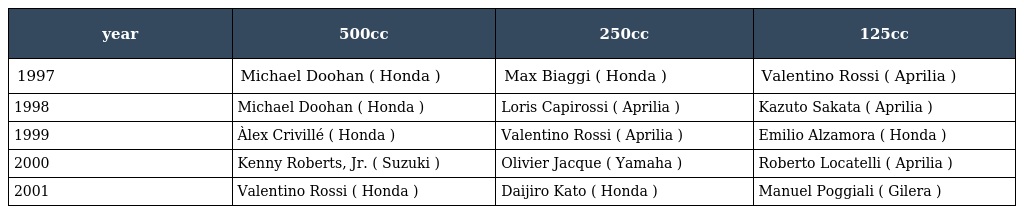
| year | 500cc | 250cc | 125cc |
 | --- | --- | --- | --- |
 | 1997 | Michael Doohan ( Honda ) | Max Biaggi ( Honda ) | Valentino Rossi ( Aprilia ) |
 | 1998 | Michael Doohan ( Honda ) | Loris Capirossi ( Aprilia ) | Kazuto Sakata ( Aprilia ) |
 | 1999 | Àlex Crivillé ( Honda ) | Valentino Rossi ( Aprilia ) | Emilio Alzamora ( Honda ) |
 | 2000 | Kenny Roberts, Jr. ( Suzuki ) | Olivier Jacque ( Yamaha ) | Roberto Locatelli ( Aprilia ) |
 | 2001 | Valentino Rossi ( Honda ) | Daijiro Kato ( Honda ) | Manuel Poggiali ( Gilera ) |